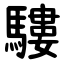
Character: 䮫